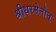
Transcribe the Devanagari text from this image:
श्रीधरमेनोन्